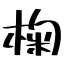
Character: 椈